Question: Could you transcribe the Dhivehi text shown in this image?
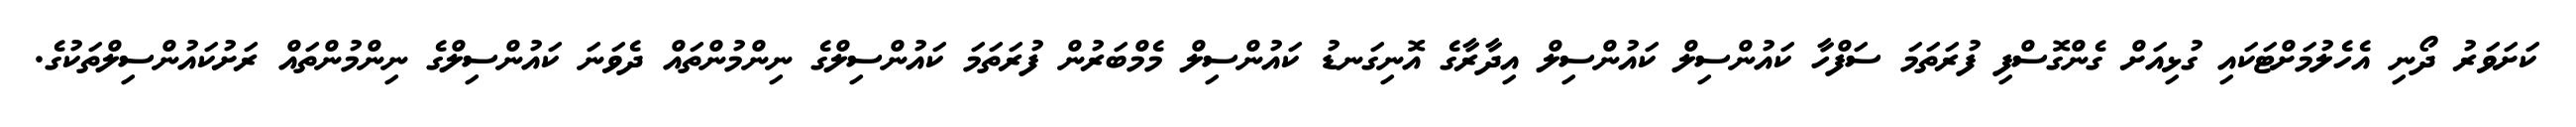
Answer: ކަށަވަރު ދޯނި އެހެލުމަށްޓަކައި ގުޅިއަށް ގެންގޮސްފި ފުރަތަމަ ސަފްހާ ކައުންސިލް ކައުންސިލް އިދާރާގެ އޮނިގަނޑު ކައުންސިލް މެމްބަރުން ފުރަތަމަ ކައުންސިލްގެ ނިންމުންތައް ދެވަނަ ކައުންސިލްގެ ނިންމުންތައް ރަށުކައުންސިލްތަކުގެ.